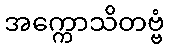
အက္ကောသိတဗ္ဗံ